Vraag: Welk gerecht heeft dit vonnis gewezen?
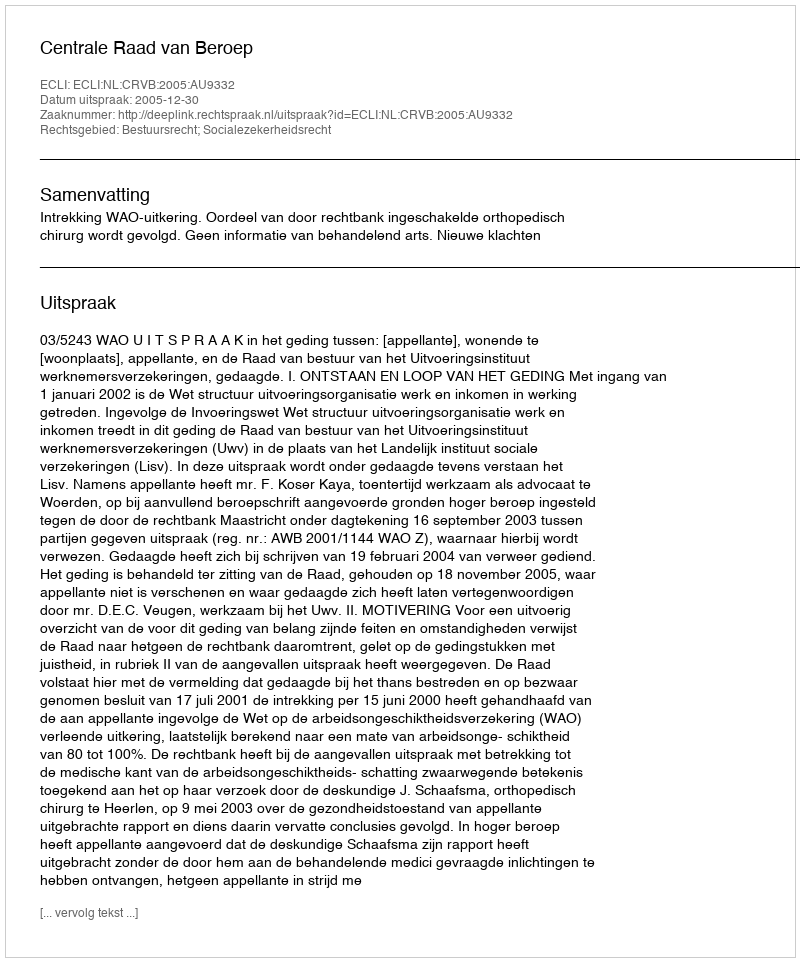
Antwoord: Centrale Raad van Beroep